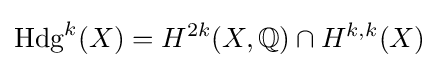
\operatorname {Hdg} ^{k}(X)=H^{2k}(X,\mathbb {Q} )\cap H^{k,k}(X)